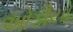
ઓડીયો